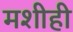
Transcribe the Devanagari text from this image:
मशीही